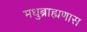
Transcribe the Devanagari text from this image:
मधुब्राह्मणास